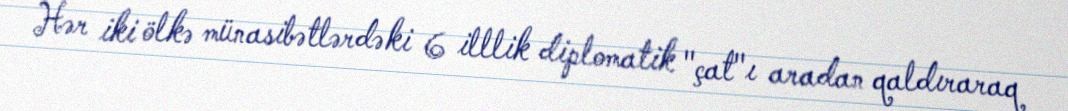
Hər iki ölkə münasibətlərdəki 6 illlik diplomatik "çat"ı aradan qaldıraraq